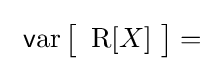
\ \operatorname {{\mathsf {v}}ar} {\bigl [}\ \operatorname {R} [X]\ {\bigr ]}=